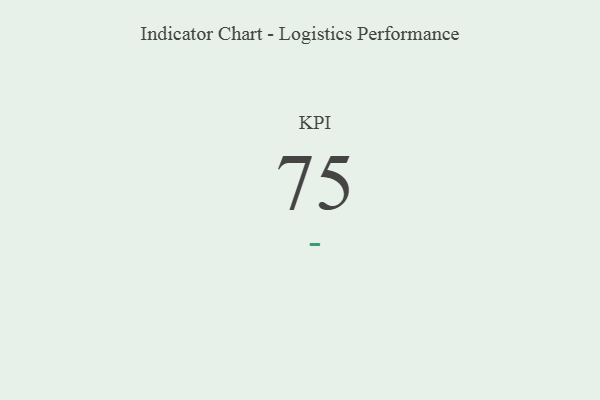
{"axis": {"x": "KPI", "y": "Value"}, "legend": [""], "data": [{"x": "KPI", "y": 75, "type": ""}]}